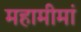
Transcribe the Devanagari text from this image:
महामीमां